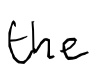
Text: the
Cross-out: clean
Writing tool: digital_black